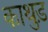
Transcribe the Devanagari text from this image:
काथुड़